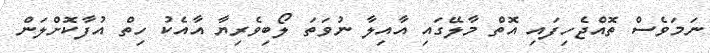
ނަމަވެސް ތޮއްޖެހިފައި އޮތް މާލޭގައި އާއިލާ ނުވަތަ ލޯބިވެރިޔާ އާއެކު ހިތް އުފާކޮށްލަން